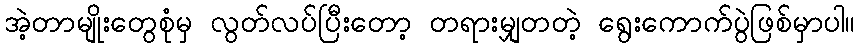
အဲ့တာမျိုးတွေစုံမှ လွတ်လပ်ပြီးတော့ တရားမျှတတဲ့ ရွေးကောက်ပွဲဖြစ်မှာပါ။